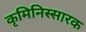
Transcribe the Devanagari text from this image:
कृमिनिस्सारक